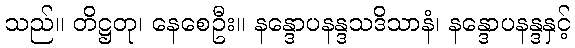
သည်။ တိဋ္ဌတု၊ နေစေဦး။ နန္ဒောပနန္ဒသဒိသာနံ၊ နန္ဒောပနန္ဒနှင့်